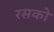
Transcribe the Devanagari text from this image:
रसको